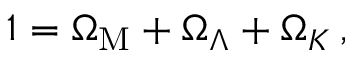
1 = \Omega _ { \mathrm { M } } + \Omega _ { \Lambda } + \Omega _ { K } \, ,